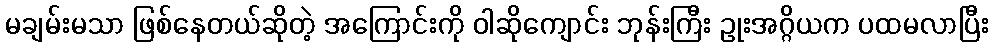
မချမ်းမသာ ဖြစ်နေတယ်ဆိုတဲ့ အကြောင်းကို ဝါဆိုကျောင်း ဘုန်းကြီး ဥုးအဂ္ဂိယက ပထမလာပြီး